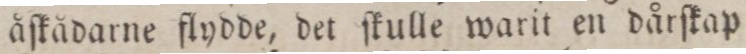
åſkådarne flydde, det ſkulle warit en dårſkap